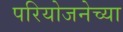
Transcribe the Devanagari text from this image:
परियोजनेच्या